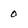
Character: 0